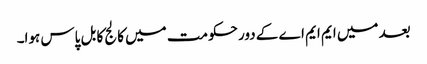
بعد میں ایم ایم اے کے دور حکومت میں کالج کا بل پاس ہوا۔